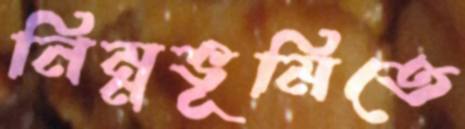
নিম্নভূমিতে